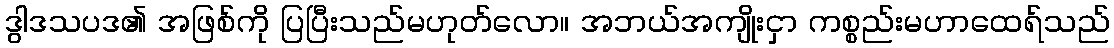
ဒွါဒသပဒ၏ အဖြစ်ကို ပြပြီးသည်မဟုတ်လော။ အဘယ်အကျိုးငှာ ကစ္စည်းမဟာထေရ်သည်